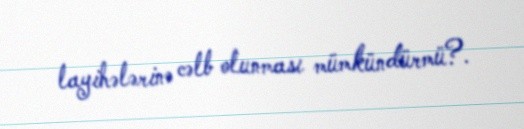
layihələrinə cəlb olunması mümkündürmü?.